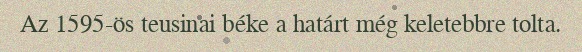
Az 1595-ös teusinai béke a határt még keletebbre tolta.